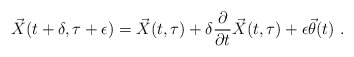
\begin{align*}{\vec{X}}(t+\delta,\tau+\epsilon) = {\vec{X}}(t,\tau) +\delta \frac{\partial}{\partial t} {\vec{X}}(t,\tau) +\epsilon {\vec{\theta}}(t) \ .\end{align*}